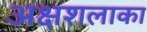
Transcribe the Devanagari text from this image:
अक्षशलाका